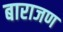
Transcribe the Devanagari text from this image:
बाराजण